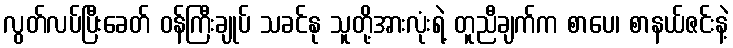
လွတ်လပ်ပြီးခေတ် ဝန်ကြီးချုပ် သခင်နု သူတို့အားလုံးရဲ့ တူညီချက်က စာပေ၊ စာနယ်ဇင်းနဲ့